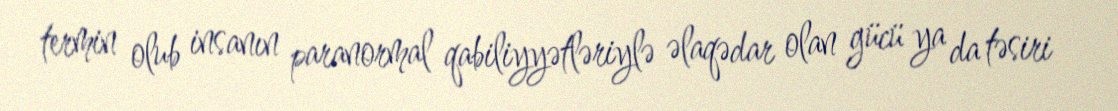
termin olub insanın paranormal qabiliyyətləriylə əlaqədar olan gücü ya da təsiri